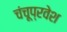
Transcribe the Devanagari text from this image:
चंचूप्रवेश